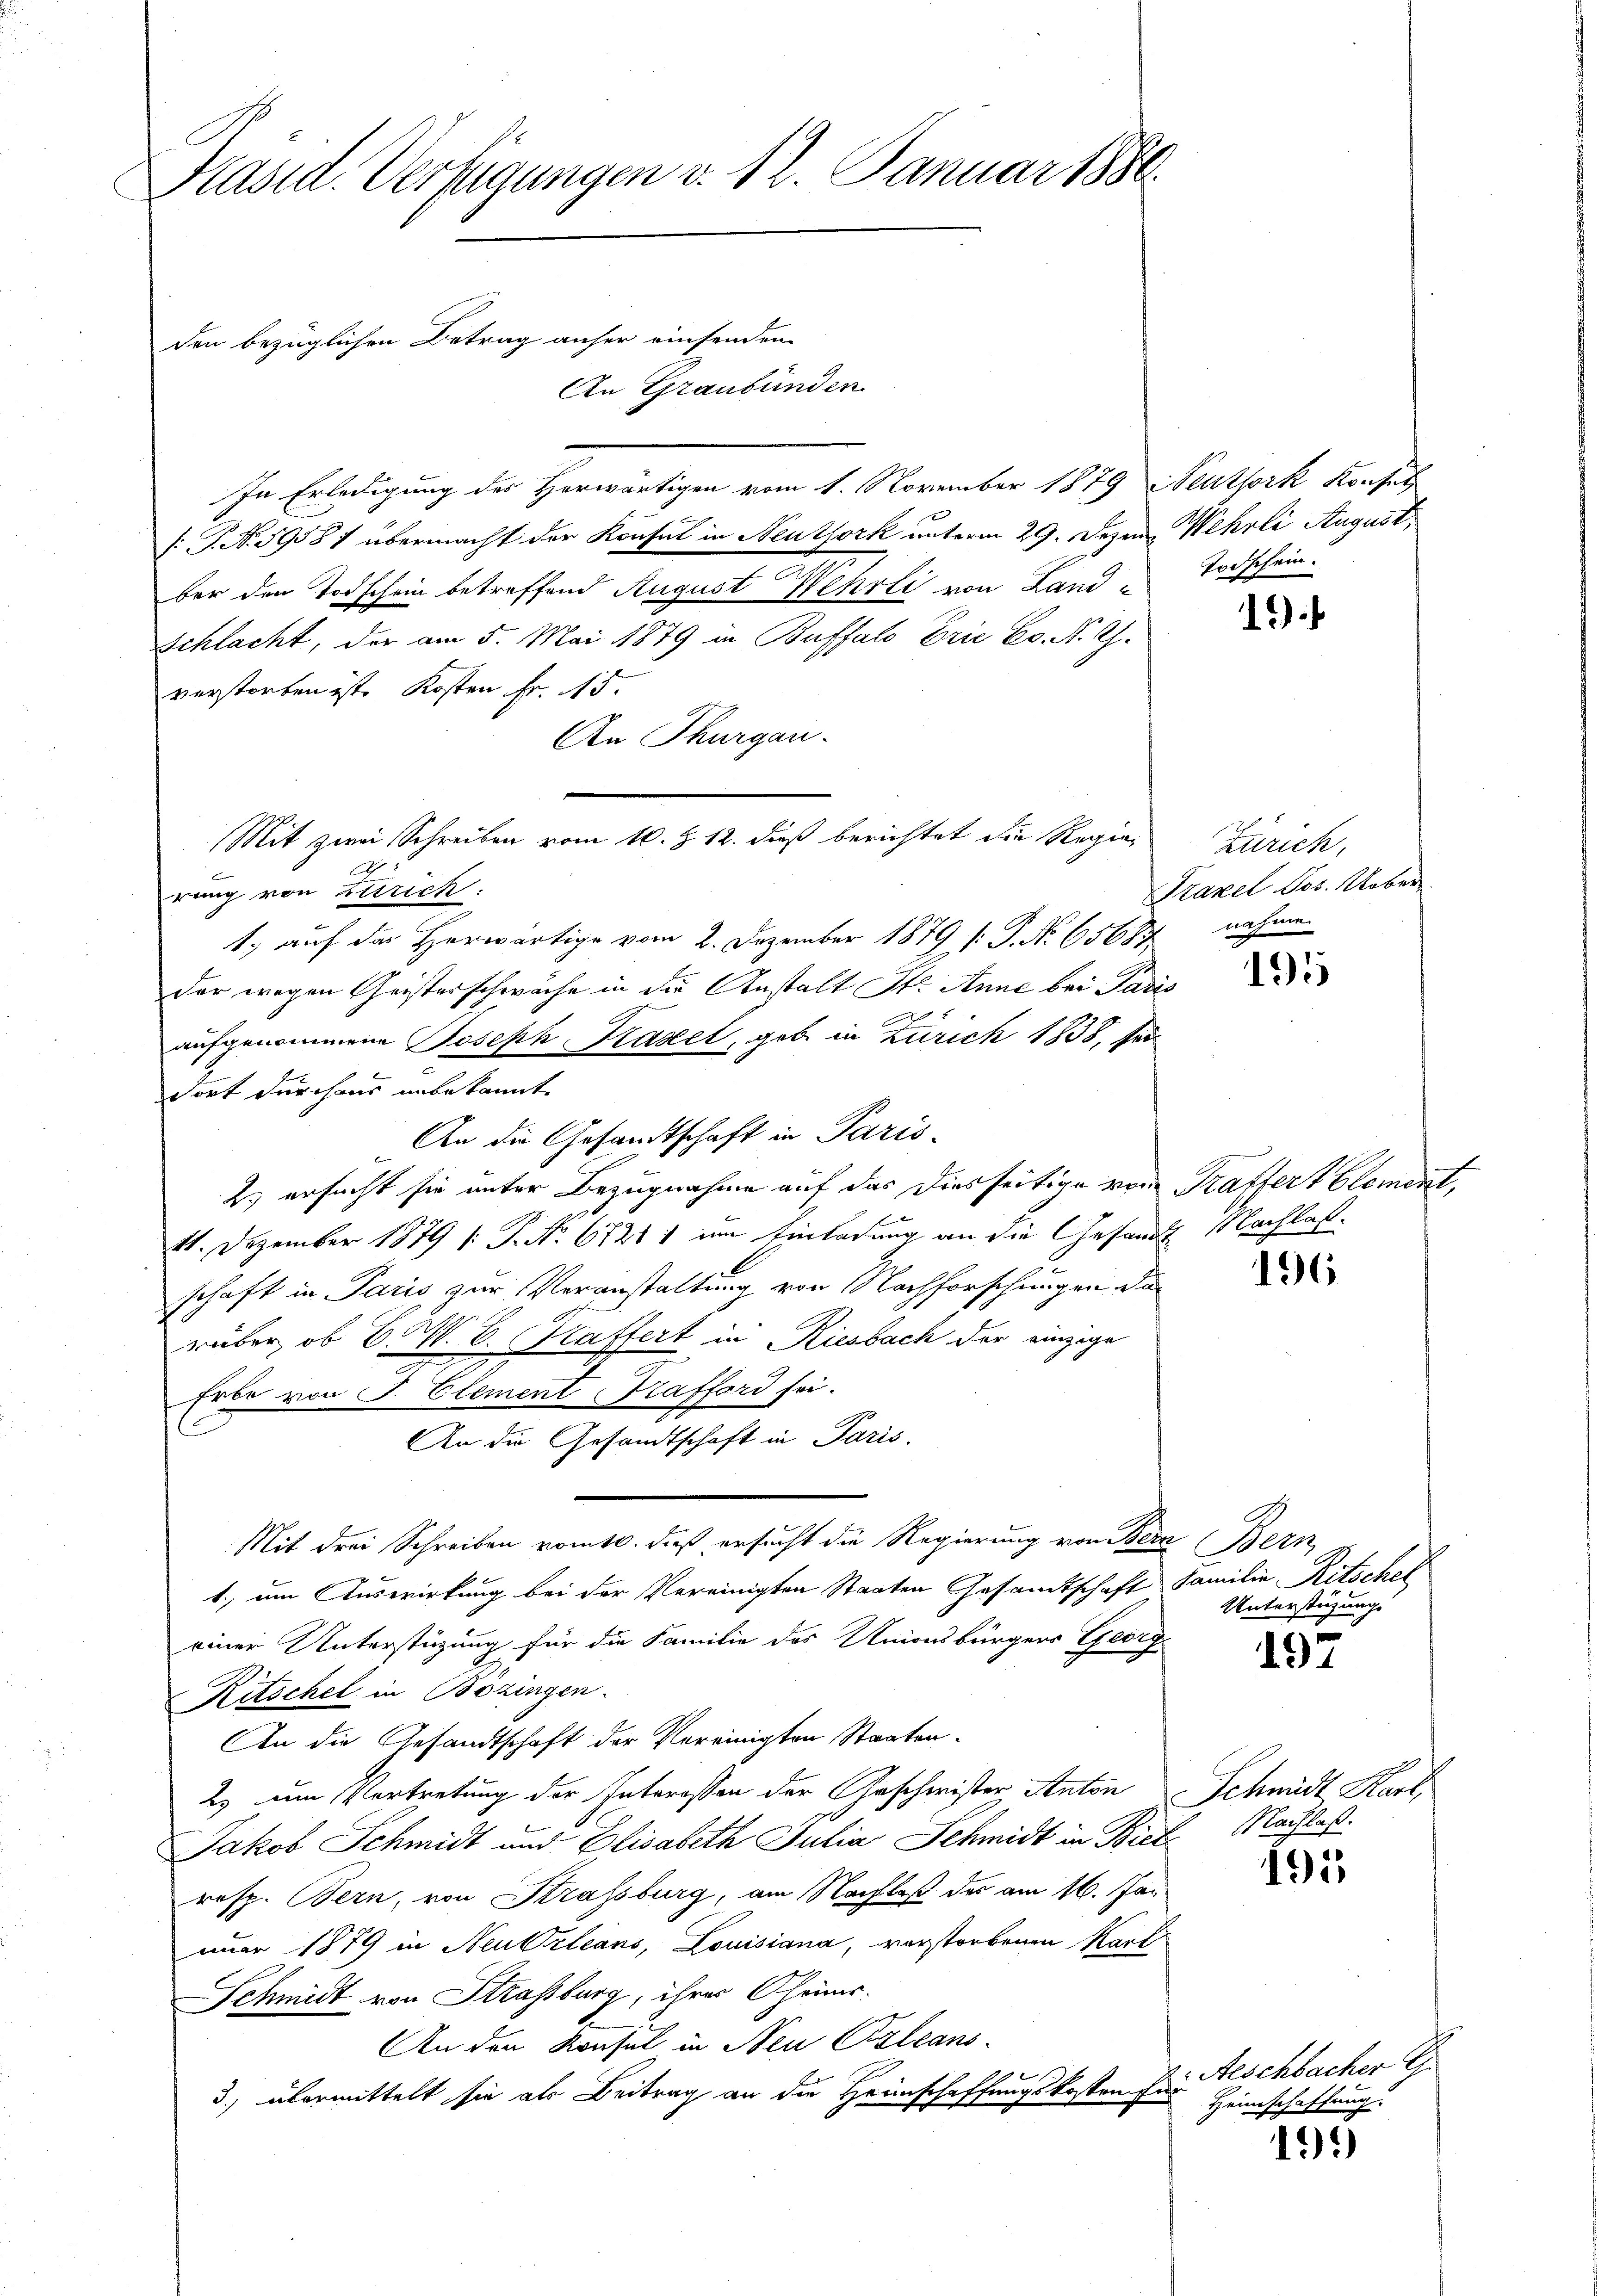
Präsid. Verfügungen v. 12. Januar 1880.

sraubünden
An G
In Erledigung des Herwärtigen vom 1. November 1879 Neuthork Krasset
[: P. No 59587 übermacht der Konsul in Neuthork unterm 29. Dezem. Wehrli August,
ber den Todschein betreffend August Wehrli von Land-
Schlacht, der am 5. Mai 1879 in Buffalo Eric Co. N. Z.
verstorben ist. Kosten Fr. 15.
An Thurgau.
Mit zwei Schreiben vom 10. Z. 12. dieß berichtet die Regierang von Zürich.
1.) auf des Herwärtige vom 2. Dezember 1879 (: P. Nr. 65687
der wegen Geisterschwache in die Anstalt St. Anne bei Paris
aufgenommene Joseph Kasel, geb. in Zürich 1838, sei
dort durchaus unbekannte
An die Gesandtschaft in Paris-
2.) ersucht sie unter Bezugnahme auf das diesseitige von Kraffert blement,
11. Dezember 1879 (: P. Nr. 67411 im Einladung an die Gesandte Nachlaßschaft in Paris zur Veranstaltung von Nachforschungen da
rüber, ob E. W. B. Kaffert in Riesbach der einzige
Erbe von J. Element Trafford sei.
2
An die Gesandtschaft in Paris.
Mit drei Schreiben vom 10. dieß ersucht die Regierung von Bern Bern,
1. um Auswirkung bei der Vereinigten Staaten Gesamtschaft Familie Ritschet
einer Unterstüzung für die Familie des Unionsbürgers Georg¬
Ritschel in Bözingen.
An die Gesandtschaft der Vereinigten Staaten.
2) um Vertretung der Interessen der Geschwister Anton Schmidt Karl
Jakob Schmidt und Elisabeth Julia Schmidt in Biel Nachlaß.
resp. Bern, von Strassburg, am Nachlaß der am 16. Jan
nuar 1879 in Neu Orleans, Louisiana, verstorbenen Kart
Schmidt von Strassburg, ihres Chris.
An den Konsul in Neu Orleans
3.) übermittelt sie als Beitrag an die Heimschaffungskosten für

den bezüglichen Betrag anher einsenden

Todschein.

19.

Zürich.
Traxel Jos. Ueber
nahmen
x

1955

196

Unterstüzungs

197

191

k. Aeschbacher G
Heimschaffung

19.)